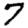
Digit: 7